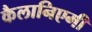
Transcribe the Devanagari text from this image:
कैलानिएमी